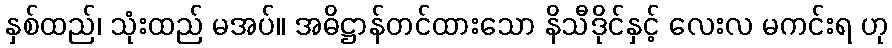
နှစ်ထည်၊ သုံးထည် မအပ်။ အဓိဋ္ဌာန်တင်ထားသော နိသီဒိုင်နှင့် လေးလ မကင်းရ ဟု